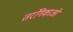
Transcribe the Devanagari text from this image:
तरंगिकाओं